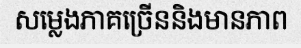
សម្លេងភាគច្រើននិងមានភាព